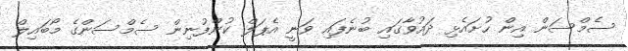
ސެމްސަން އިން ހުށައެޅި ދައުވާގައި ބުނެފައި ވަނީ އެޕަލް ކުންފުނިން ސެމްސަންގެ މޯބައިލް